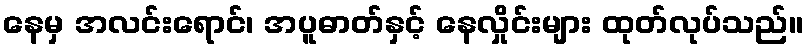
နေမှ အလင်းရောင်၊ အပူဓာတ်နှင့် နေလှိုင်းများ ထုတ်လုပ်သည်။